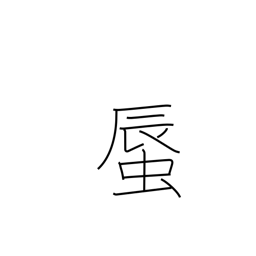
Meaning: clam